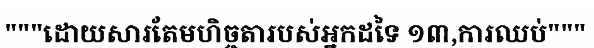
"""ដោយសារតែមហិច្ចតារបស់អ្នកដទៃ ១៣,ការឈប់"""